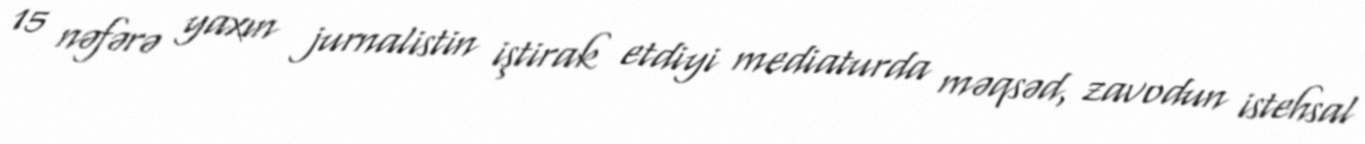
15 nəfərə yaxın jurnalistin iştirak etdiyi mediaturda məqsəd, zavodun istehsal